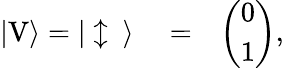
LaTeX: \begin{array}{rlr}{|\mathrm{V}\rangle=|\updownarrow\ \rangle}&{{}=}&{\left(\begin{array}{c}{0}\\ {1}\end{array}\right),}\end{array}